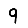
Digit: 9